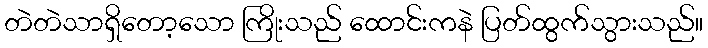
တဲတဲသာရှိတော့သော ကြိုးသည် ထောင်းကနဲ ပြတ်ထွက်သွားသည်။